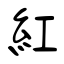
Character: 紅